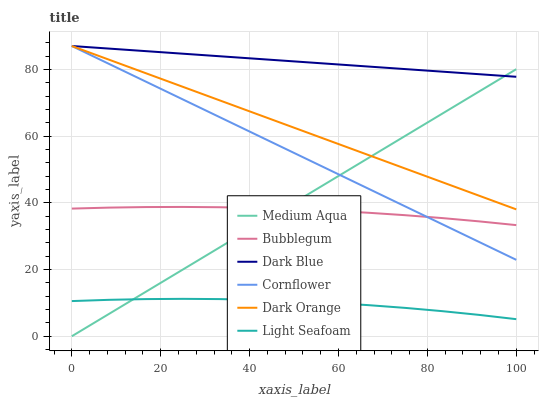
| xaxis_label | Medium Aqua | Bubblegum | Dark Blue | Cornflower | Dark Orange | Light Seafoam |
 | --- | --- | --- | --- | --- | --- | --- |
 | 0 | 0 | 38.3 | 87 | 87 | 87 | 10.5 |
 | 8.33 | 6.67 | 38.6 | 86.2 | 81.7 | 82.9 | 10.9 |
 | 16.7 | 13.3 | 38.7 | 85.5 | 76.3 | 78.8 | 11.1 |
 | 25 | 20 | 38.8 | 84.7 | 71 | 74.8 | 11.2 |
 | 33.3 | 26.7 | 38.7 | 83.9 | 65.6 | 70.7 | 11.1 |
 | 41.7 | 33.4 | 38.5 | 83.2 | 60.3 | 66.6 | 10.9 |
 | 50 | 40 | 38.1 | 82.4 | 55 | 62.5 | 10.5 |
 | 58.3 | 46.7 | 37.6 | 81.6 | 49.6 | 58.4 | 10 |
 | 66.7 | 53.4 | 37 | 80.9 | 44.3 | 54.4 | 9.33 |
 | 75 | 60 | 36.3 | 80.1 | 38.9 | 50.3 | 8.5 |
 | 83.3 | 66.7 | 35.4 | 79.3 | 33.6 | 46.2 | 7.53 |
 | 91.7 | 73.4 | 34.4 | 78.5 | 28.2 | 42.1 | 6.4 |
 | 100 | 80.1 | 33.3 | 77.8 | 22.9 | 38 | 5.12 |